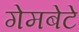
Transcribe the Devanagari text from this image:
गेमबेटे